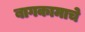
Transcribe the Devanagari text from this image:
बागकामाचे